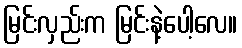
မြင်းလှည်းက မြင်းနဲ့ပေါ့လေ။